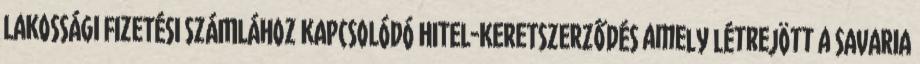
LAKOSSÁGI FIZETÉSI SZÁMLÁHOZ KAPCSOLÓDÓ HITEL-KERETSZERZŐDÉS amely létrejött a SAVARIA